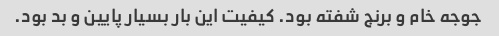
جوجه خام و برنج شفته بود. کیفیت این بار بسیار پایین و بد بود.